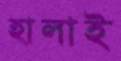
হালাই